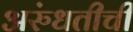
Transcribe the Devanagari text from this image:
अरुंधतीची